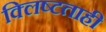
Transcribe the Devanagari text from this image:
क्लिष्टताही